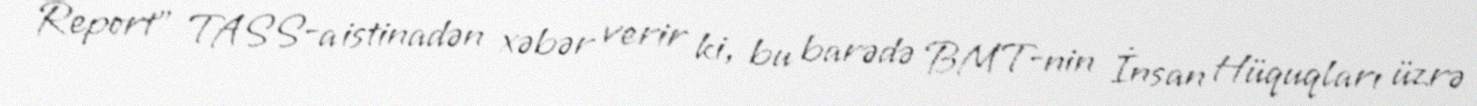
Report" TASS-a istinadən xəbər verir ki, bu barədə BMT-nin İnsan Hüquqları üzrə